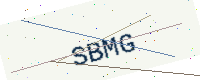
Text: SBMG